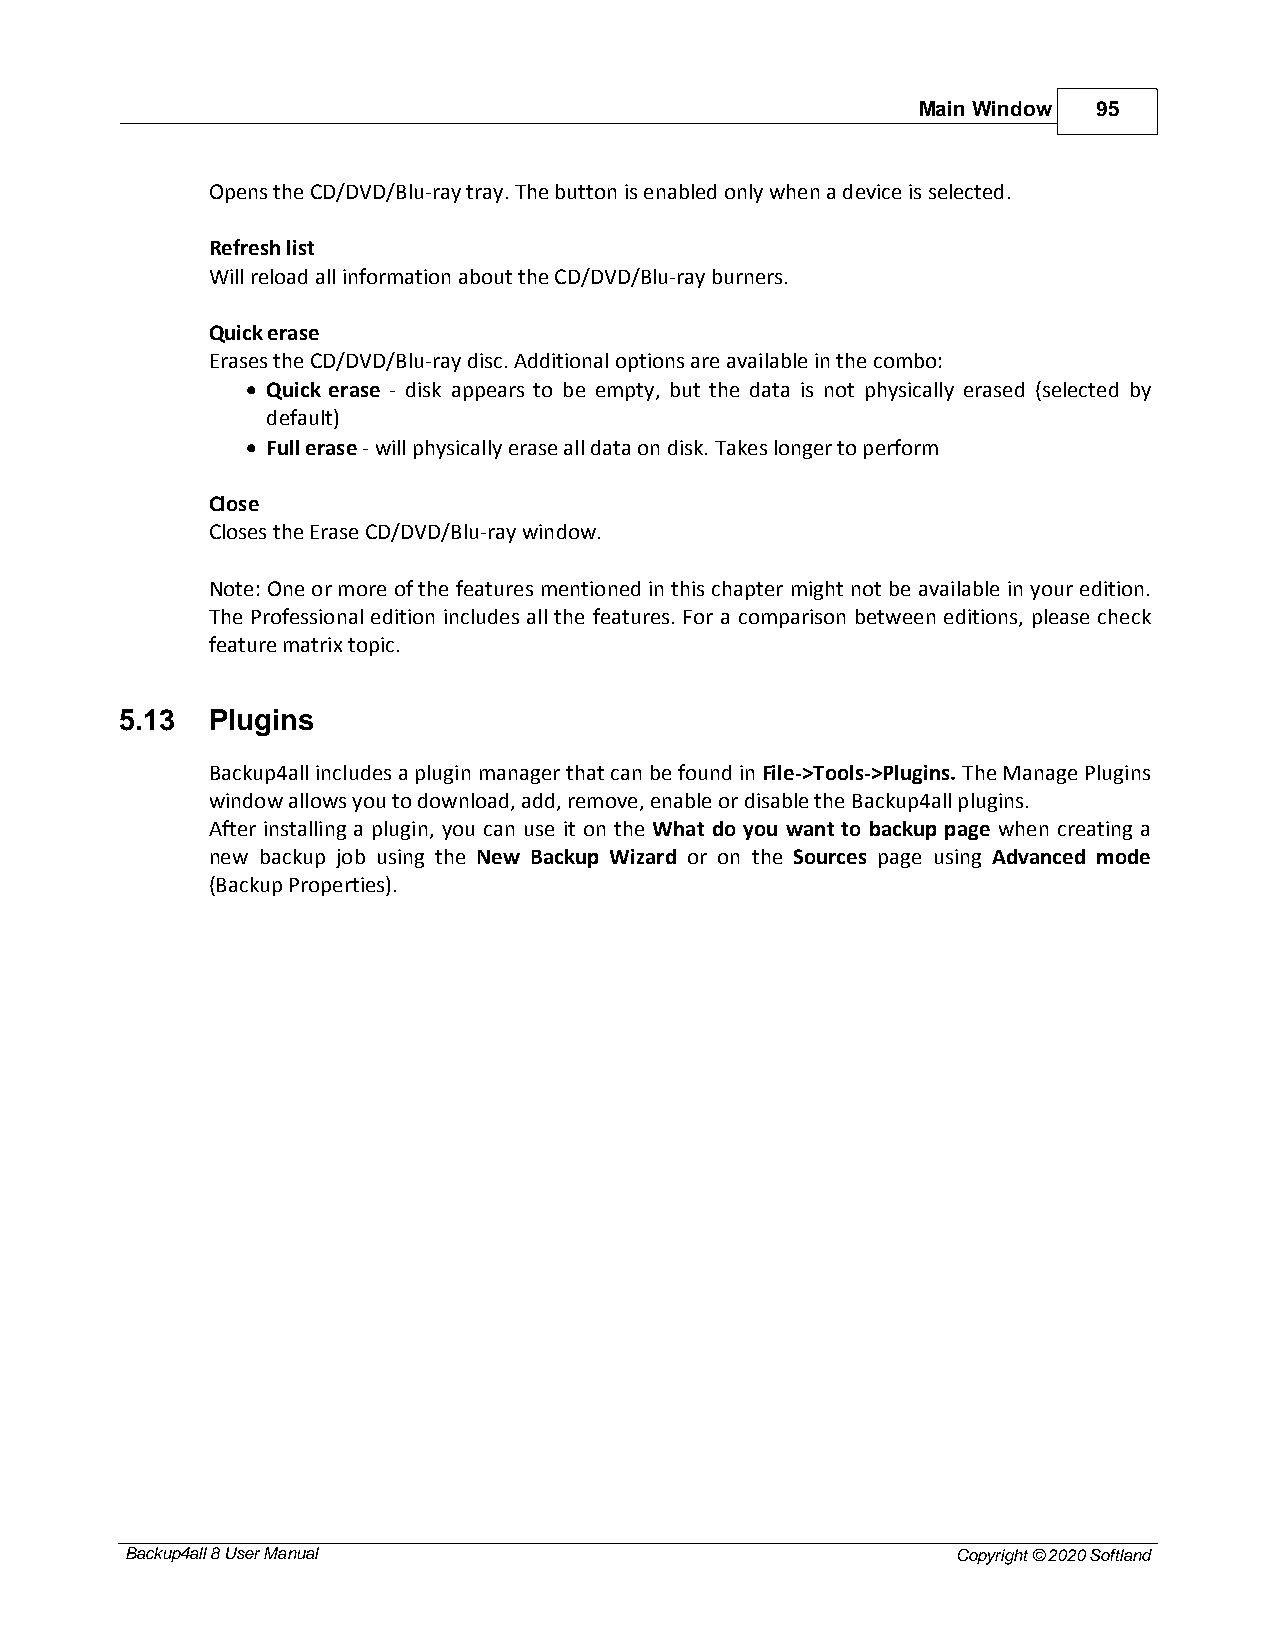
Main Window 95
 Opens the CD/DVD/Blu-ray tray. The button is enabled only when a device is selected.
 Refresh list
 Will reload all information about the CD/DVD/Blu-ray burners.
 Quick erase
 Erases the CD/DVD/Blu-ray disc. Additional options are available in the combo:
 · Quick erase - disk appears to be empty, but the data is not physically erased (selected by
 default)
 · Full erase - will physically erase all data on disk. Takes longer to perform
 Close
 Closes the Erase CD/DVD/Blu-ray window.
 Note: One or more of the features mentioned in this chapter might not be available in your edition.
 The Professional edition includes all the features. For a comparison between editions, please check
 feature matrix topic.
 5.13  Plugins
 Backup4all includes a plugin manager that can be found in File->Tools->Plugins. The Manage Plugins
 window allows you to download, add, remove, enable or disable the Backup4all plugins.
 After installing a plugin, you can use it on the What do you want to backup page when creating a
 new backup job using the New Backup Wizard or on the Sources page using Advanced mode
 (Backup Properties).
 Backup4all 8 User Manual                               Copyright © 2020 Softland